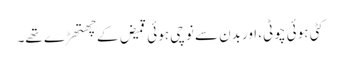
کٹی ہوئی چوٹی، اوربدن سے نوچی ہوئی قمیض کے چھتھڑے تھے۔